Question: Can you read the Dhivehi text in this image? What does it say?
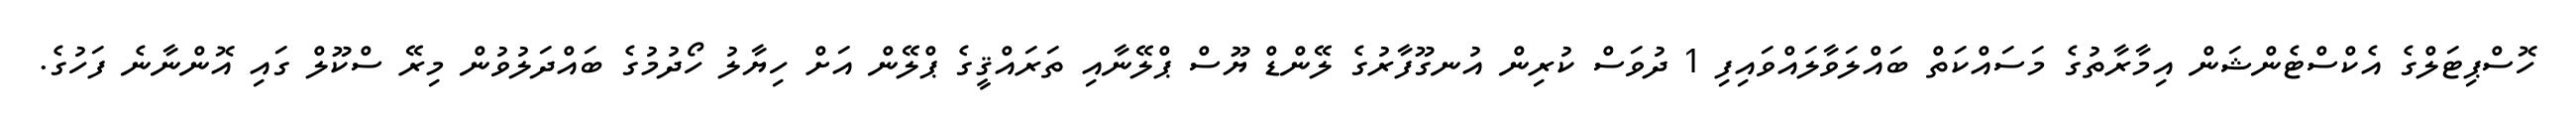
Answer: ހޮސްޕިޓަލްގެ އެކްސްޓެންޝަން އިމާރާތުގެ މަސައްކަތް ބައްލަވާލައްވައިފި 1 ދުވަސް ކުރިން އުނގޫފާރުގެ ލޭންޑް ޔޫސް ޕްލޭނާއި ތަރައްޤީގެ ޕްލޭން އަށް ހިޔާލު ހޯދުމުގެ ބައްދަލުވުން މިރޭ ސްކޫލް ގައި އޮންނާނެ ފަހުގެ.